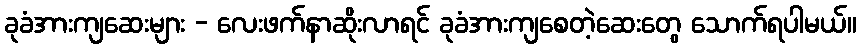
ခုခံအားကျဆေးများ - လေးဖက်နာဆိုးလာရင် ခုခံအားကျစေတဲ့ဆေးတွေ သောက်ရပါမယ်။